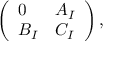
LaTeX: \left( \begin{array} { l l } { { 0 } } & { { A _ { I } } } \\ { { B _ { I } } } & { { C _ { I } } } \end{array} \right) ,